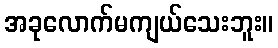
အခုလောက်မကျယ်သေးဘူး။